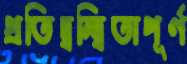
প্রতিদ্বন্দ্বিতাপূর্ণ